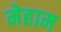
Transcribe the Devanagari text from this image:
मेहाम